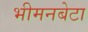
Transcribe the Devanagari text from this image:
भीमनबेटा